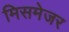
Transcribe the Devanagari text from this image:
मिसमेजर